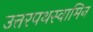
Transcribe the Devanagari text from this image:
उत्तरपथस्वामिन